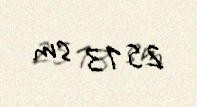
2513 sm